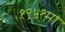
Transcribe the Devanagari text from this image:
१९५१मा